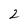
Character: 2